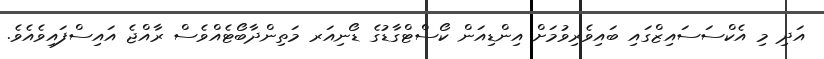
އަދި މި އެކްސަސައިޒްގައި ބައިވެރިވުމަށް އިންޑިއަން ކޯސްޓްގާޑުގެ ޑޯނިއަރ މަތިންދާބޯޓެއްވެސް ރާއްޖެ އައިސްފައިވެއެވެ.